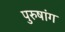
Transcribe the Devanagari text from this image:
पुरुषांग